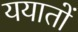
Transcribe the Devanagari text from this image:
ययातों